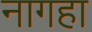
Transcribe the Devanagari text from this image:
नागहा